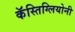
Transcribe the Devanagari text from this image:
कॅस्तिग्लियोनी